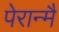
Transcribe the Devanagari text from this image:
पेरान्मै